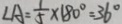
\angle A = \frac { 1 } { 5 } \times 1 8 0 ^ { \circ } = 3 6 ^ { \circ }